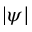
| \psi |